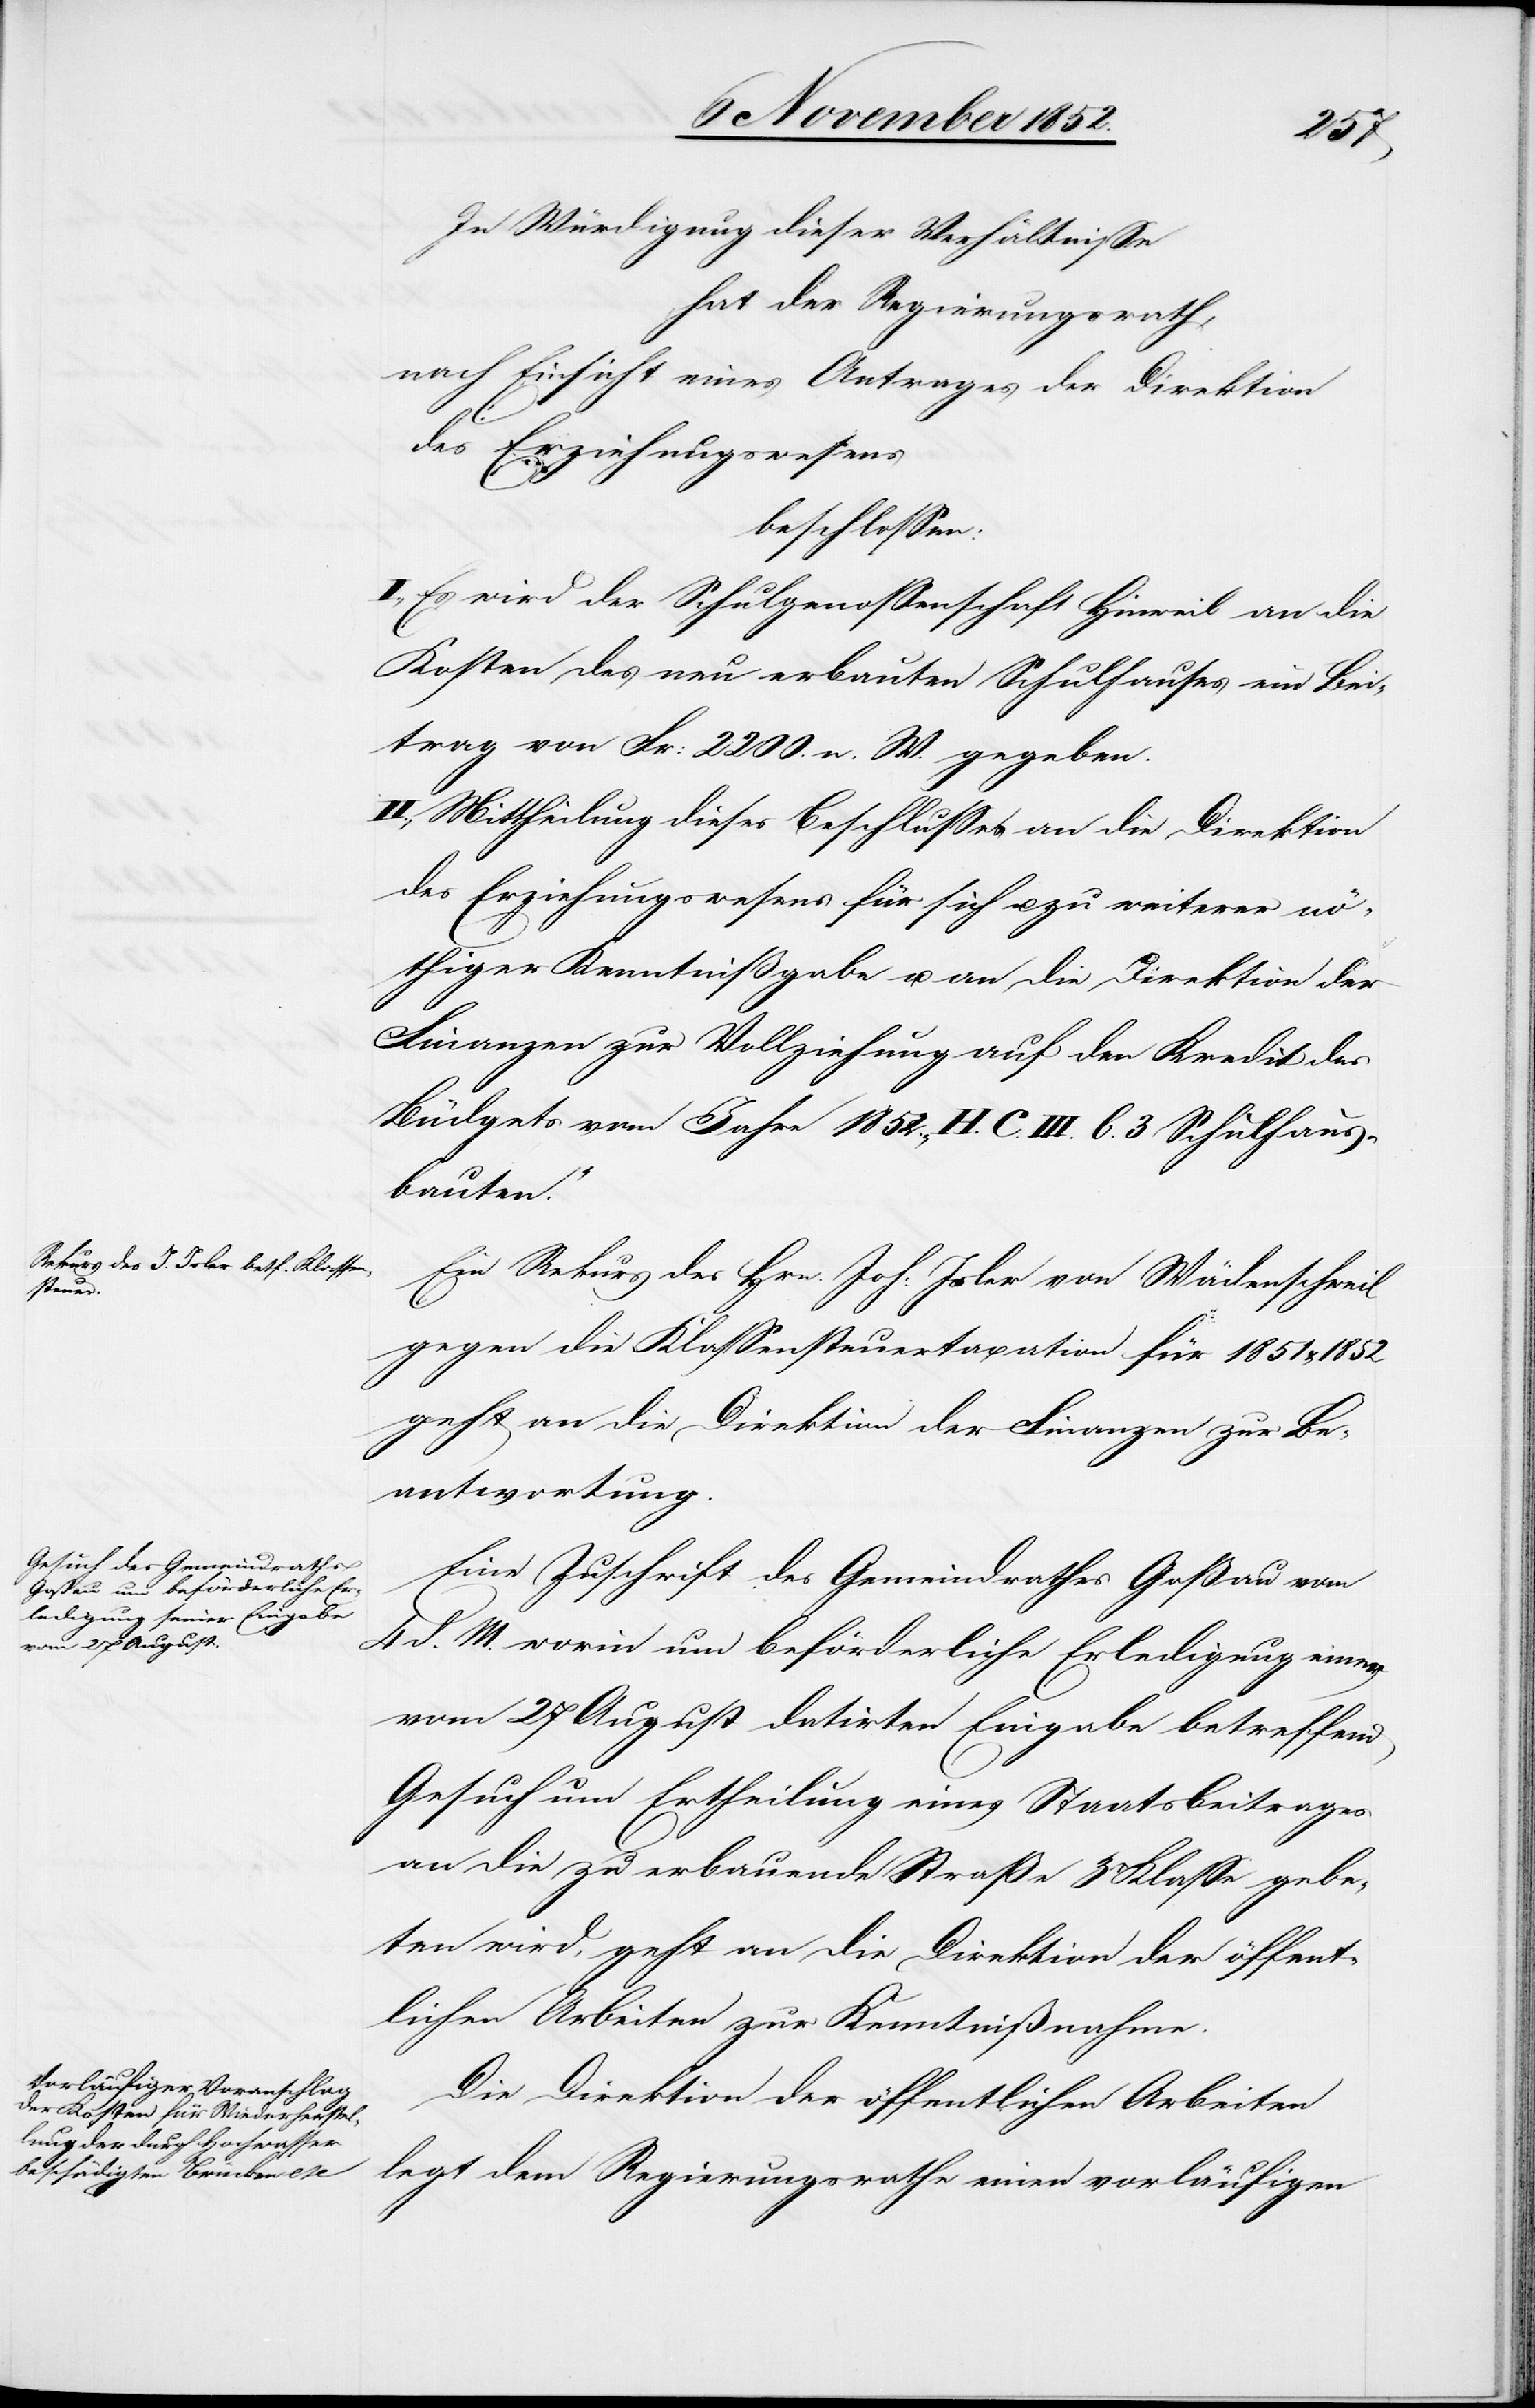
In Würdigung dieser Verhältnisse
hat der Regierungsrath,
nach Einsicht eines Antrages der Direktion
des Erziehungswesens
beschlossen:
I., Es wird der Schulgenossenschaft Hinweil an die
Kosten des neu erbauten Schulhauses ein Bei¬
trag von Fr: 2200. n. W. gegeben.
II., Mittheilung dieses Beschlusses an die Direktion
des Erziehungswesens für sich u. zu weiterer nö¬
thiger Kenntnißgabe u. an die Direktion der
Finanzen zur Vollziehung auf den Kredit des
Büdgets vom Jahre 1852. „H. C. III. b. 3 Schulhaus¬
bauten.“
Ein Rekurs des Hrn. Joh: Isler von Wädenschweil
gegen die Klassensteuertaxation für 1851 &
geht an die Direktion der Finanzen zur Be¬
antwortung.
Eine Zuschrift des Gemeindrathes Goßau vom
4 d. M. worin um beförderliche Erledigung einer
vom 27 August datirten Eingabe betreffend
Gesuch um Ertheilung eines Staatsbeitrages
an die zu erbauende Straße 3r Klasse gebe¬
ten wird, geht an die Direktion der öffent¬
lichen Arbeiten zur Kenntnißnahme.
Die Direktion der öffentlichen Arbeiten
legt dem Regierungsrathe einen vorläufigen